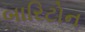
બારિટોન